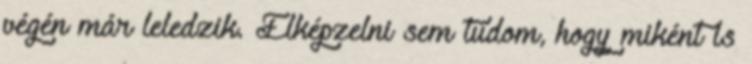
végén már leledzik. Elképzelni sem tudom, hogy miként is